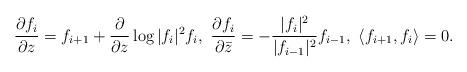
LaTeX: \begin{align*}\frac{\partial f_i}{\partial z}=f_{i+1}+\frac{\partial }{\partial z}\log|f_i|^2f_i, \ \frac{\partial f_i}{\partial \bar z}=-\frac{|f_i|^2}{|f_{i-1}|^2}f_{i-1}, \ \langle f_{i+1},f_i \rangle=0.\end{align*}